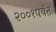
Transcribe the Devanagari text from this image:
२००१पर्यंत